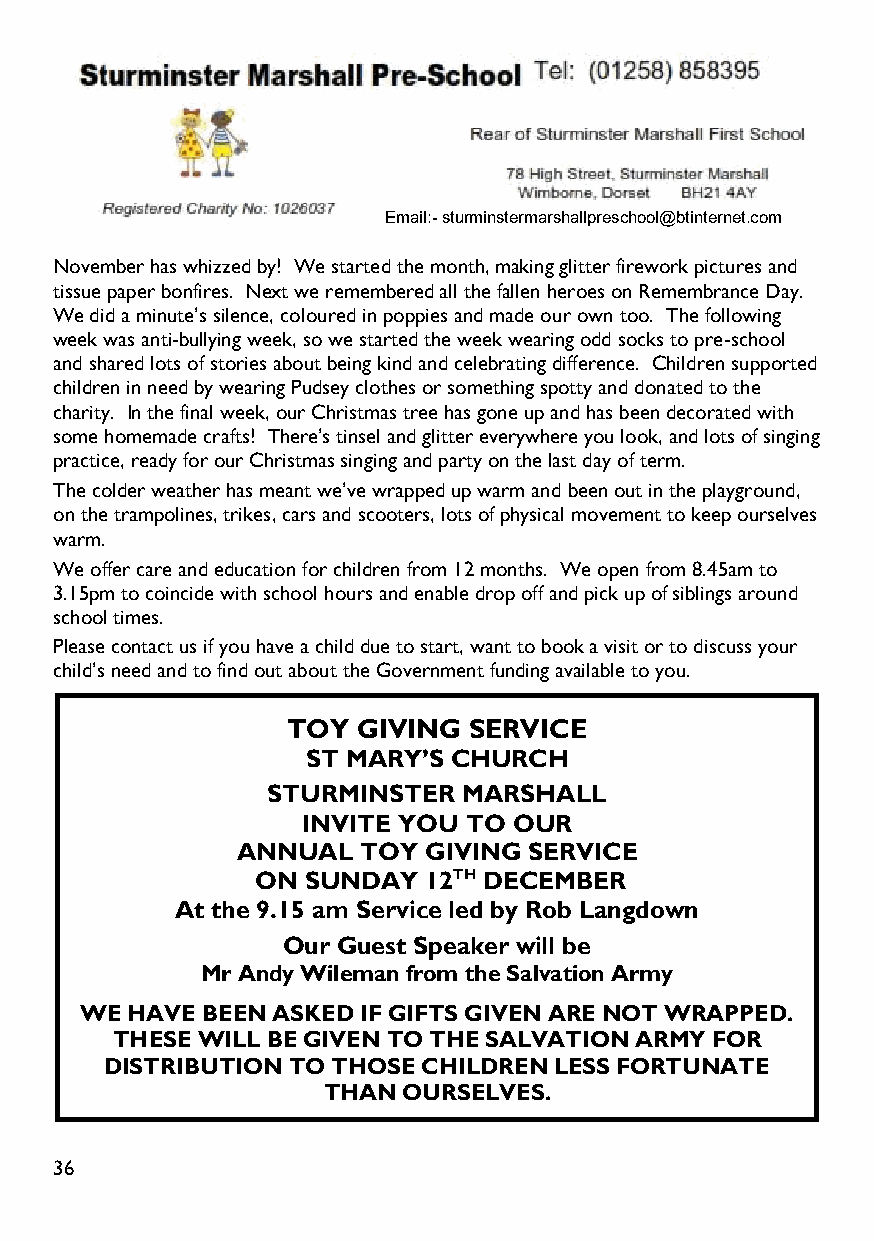
Email:-sturminstermarshallpreschool@btinternet.com
 November has whizzed by! We started the month, making glitter firework pictures and
 tissue paper bonfires. Next we remembered all the fallen heroes on Remembrance Day.
 We did a minute’s silence, coloured in poppies and made our own too. The following
 week was anti-bullying week, so we started the week wearing odd socks to pre-school
 and shared lots of stories about being kind and celebrating difference. Children supported
 children in need by wearing Pudsey clothes or something spotty and donated to the
 charity. In the final week, our Christmas tree has gone up and has been decorated with
 some homemade crafts! There’s tinsel and glitter everywhere you look, and lots of singing
 practice, ready for our Christmas singing and party on the last day of term.
 The colder weather has meant we’ve wrapped up warm and been out in the playground,
 on the trampolines, trikes, cars and scooters, lots of physical movement to keep ourselves
 warm.
 We offer care and education for children from 12 months. We open from 8.45am to
 3.15pm to coincide with school hours and enable drop off and pick up of siblings around
 school times.
 Please contact us if you have a child due to start, want to book a visit or to discuss your
 child’s need and to find out about the Government funding available to you.
 TOY  GIVING SERVICE
 ST MARY’S CHURCH
 STURMINSTER  MARSHALL
 INVITE YOU TO OUR
 ANNUAL  TOY GIVING SERVICE
 ON SUNDAY  12TH DECEMBER
 At the 9.15 am Service led by Rob Langdown
 Our Guest Speaker will be
 Mr Andy Wileman from the Salvation Army
 WE HAVE BEEN ASKED IF GIFTS GIVEN ARE NOT WRAPPED.
 THESE WILL BE GIVEN TO THE SALVATION ARMY FOR
 DISTRIBUTION TO THOSE CHILDREN LESS FORTUNATE
 THAN  OURSELVES.
 36